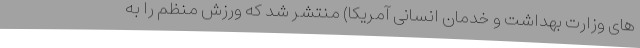
های وزارت بهداشت و خدمان انسانی آمریکا) منتشر شد که ورزش منظم را به